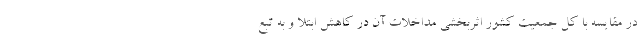
در مقایسه با کل جمعیت کشور اثربخشی مداخلات آن در کاهش ابتلا و به تبع